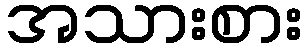
အသားစား